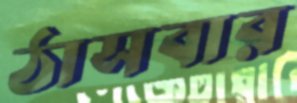
ঠাসবার